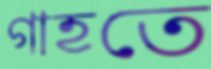
গাহতে